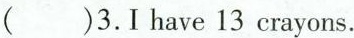
()3.Ihave 13 crayons.